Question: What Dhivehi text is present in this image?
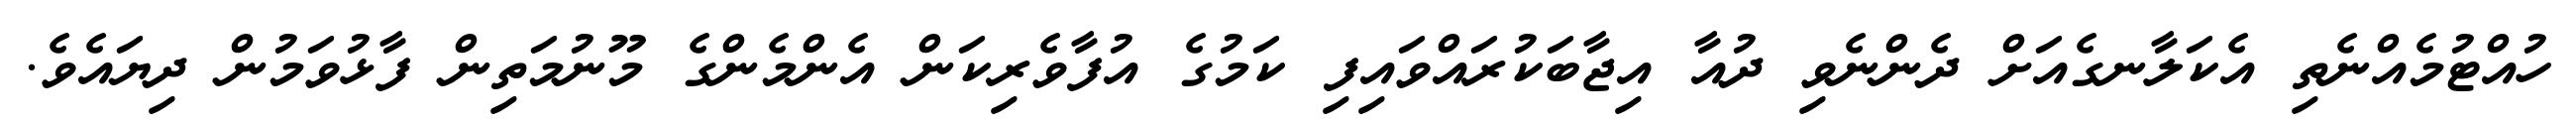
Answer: ހުއްޓުމެއްނެތި އެކަލާނގެއަށް ދެންނެވި ދުއާ އިޖާބަކުރައްވައިފި ކަމުގެ އުފާވެރިކަން އެންމެންގެ މޫނުމަތިން ފާޅުވަމުން ދިޔައެވެ.